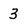
Character: 3